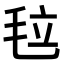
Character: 𣭉